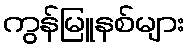
ကွန်မြူနစ်များ